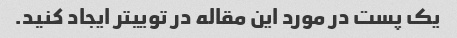
یک پست در مورد این مقاله در توییتر ایجاد کنید.